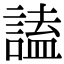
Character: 𧪞